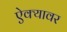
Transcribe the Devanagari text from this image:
ऐक्यावर